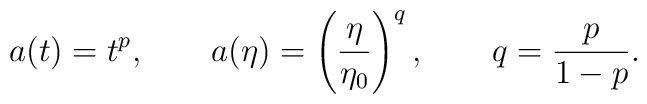
a(t) = t^p, \qquad a(\eta) = \left(\frac{\eta}{\eta_0}\right)^q, \qquad q= \frac{p}{1-p}.